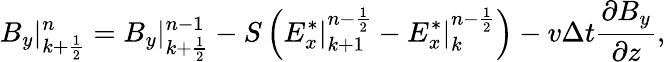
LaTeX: B_{y}|_{k+\frac{1}{2}}^{n}=B_{y}|_{k+\frac{1}{2}}^{n-1}-S\left(E_{x}^{*}|_{k+1}^{n-\frac{1}{2}}-E_{x}^{*}|_{k}^{n-\frac{1}{2}}\right)-v\Delta t\frac{\partial B_{y}}{\partial z},